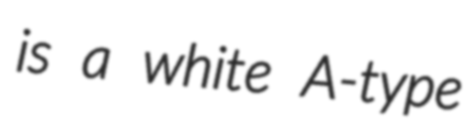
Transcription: is a white A-type